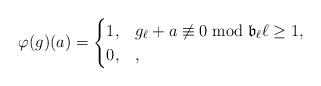
LaTeX: \begin{align*}\varphi(g)(a)=\begin{cases}1,& g_{\ell}+a\not\equiv 0\bmod \mathfrak{b}_\ell \ell\geq 1,\\0,&,\end{cases}\end{align*}